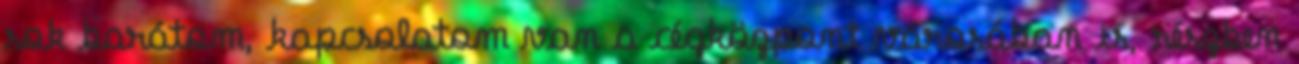
sok barátom, kapcsolatom van a cégközpont városában is, részben